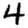
Digit: 4